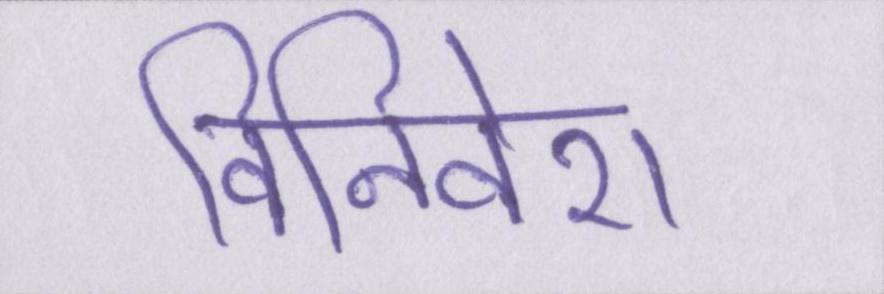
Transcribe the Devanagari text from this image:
विनिवेश